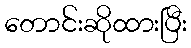
တောင်းဆိုထားပြီး